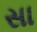
સા